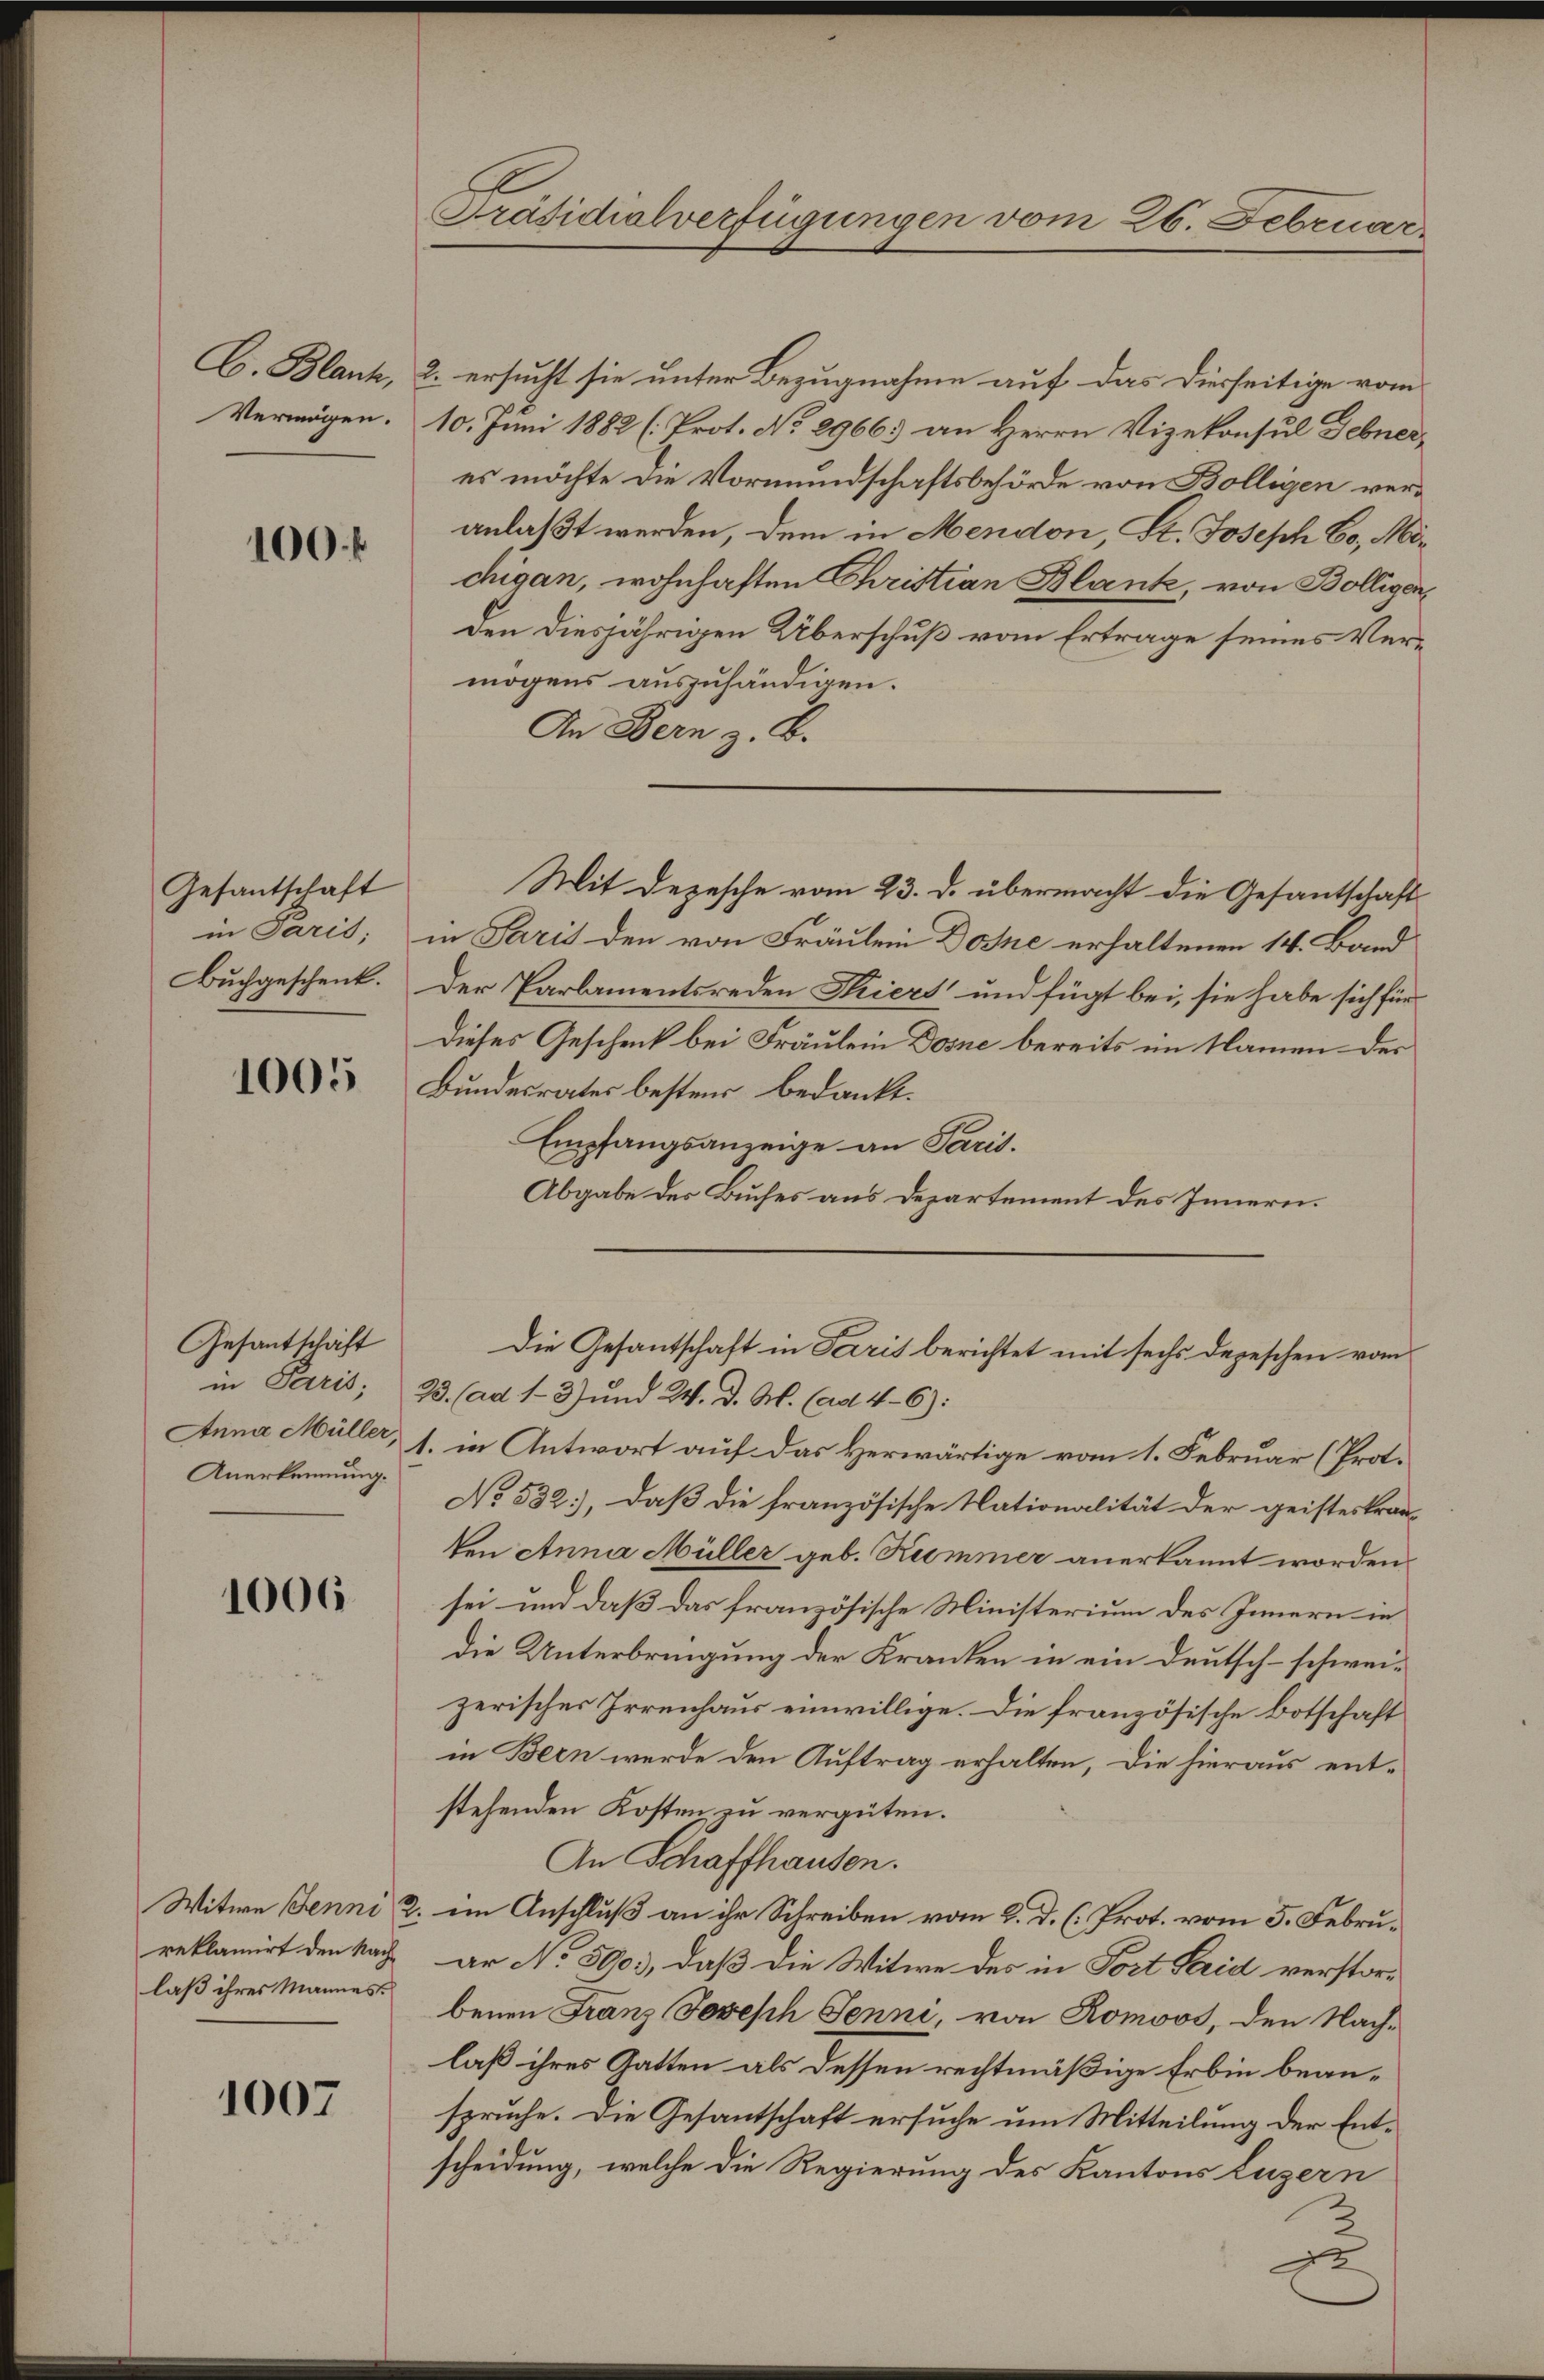
C. Blank,
Vermögen.

100. f

Gesantschaft
in Paris;
Buchgeschenk.

1005

Gesantschaft
Anerkennung.

1006

reklamirt den Nachlaß ihres Mannes.

1007

2. ersucht sie unter Bezugnahme auf das Diesseitige vom
10. Juni 1882 (Prot. No 29663 an Herrn Vizekonsul Debneres möchte die Vormundschaftsbehörde von Bölligen veranlaßt werden, dem in Mendon, St. Joseph Co, Michigan, wohnhaften Christian Blank, von Bolligen
den diesjährigen Überschuß vom Ertrage seines Vermögens auszuhändigen.
An Bern z. B.
Mit Depesche vom 23. d. übermacht die Gesantschaft
in Paris den von Fräulein Doshe erhaltenen 14. Band
Der Parlamentsreden Thiers und fügt bei, sie habe sich für
Dieses Geschenk bei Fräulein Dosne bereits im Namen des
Bundesrates bestens bedankt.
Empfangsanzeige an Paris.
Abgabe des Buches aus Departement des Innern.
Die Gesantschaft in Paris berichtet mit sechs depeschen vom
in Paris, 23. (ad 1-3) und W. d. M. (ad 4-6):
Anna Müller, 1. in Antwort auf das Herwärtige vom 1. Februar (Prot.
No 532), daß die französische Nationalität der geisteskran-
ten Anna Müller geb. Rommer anerkannt worden.
sei und daß das französische Ministerium des Innern in
die Unterbringung der Kranken in ein Deutsch-schweizerisches Irrenhaus einwillige. Die französische Botschaft
in Bern werde den Auftrag erhalten, die hieraus entstehenden Kosten zu vergüten.
An Schaffhausen.
Witwe Jenni u. im Anschluß an ihr Schreiben vom 2. d. h. Prot. vom 5. Februar No 5903, daß die Witwe des in Fort Serid verstorbenen Franz Joseph Jenni, von Romoos, den Nach-
laß ihres Gatten als dessen rechtmäßige Erbin beanspruche. Die Gesantschaft ersuche um Mitteilung der Entscheidung, welche die Regierung des Kantons Luzern
1

Präsidialverfügungen vom 26. Februar